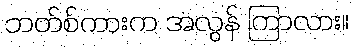
ဘတ်စ်ကားက အလွန် ကြာလား။